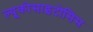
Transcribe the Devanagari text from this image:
ल्यूकोसाइटोसिस